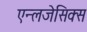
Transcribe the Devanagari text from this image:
एन्लजेसिक्स